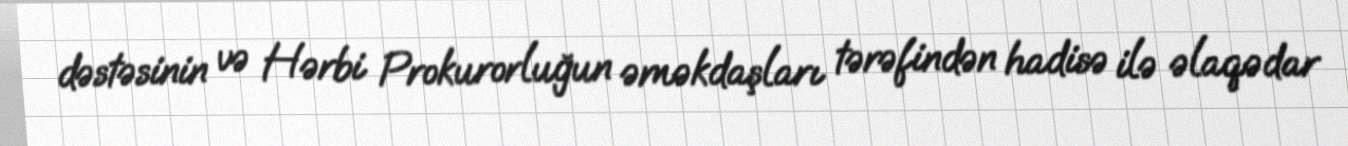
dəstəsinin və Hərbi Prokurorluğun əməkdaşları tərəfindən hadisə ilə əlaqədar